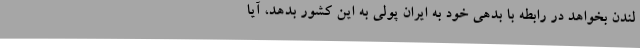
لندن بخواهد در رابطه با بدهی خود به ایران پولی به این کشور بدهد، آیا